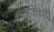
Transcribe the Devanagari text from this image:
फडकेंची